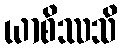
ယာစိဿသိ